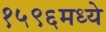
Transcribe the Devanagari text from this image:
१५९६मध्ये